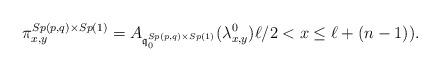
LaTeX: \begin{align*} \pi^{Sp(p,q)\times Sp(1)}_{x,y} = A_{{\mathfrak q}^{Sp(p,q)\times Sp(1)}_0}(\lambda^0_{x,y}) \ell/2 < x \le \ell + (n-1)).\end{align*}